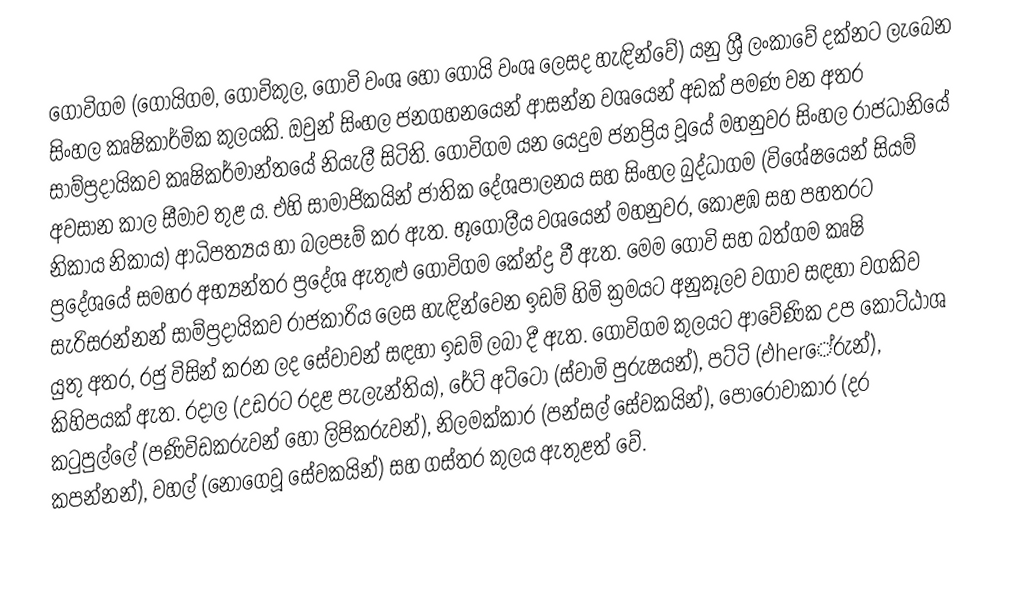
ගොවිගම (ගොයිගම, ගොවිකුල, ගොවි වංශ හෝ ගොයි වංශ ලෙසද හැඳින්වේ) යනු ශ්‍රී ලංකාවේ දක්නට ලැබෙන සිංහල කෘෂිකාර්මික කුලයකි. ඔවුන් සිංහල ජනගහනයෙන් ආසන්න වශයෙන් අඩක් පමණ වන අතර සාම්ප්‍රදායිකව කෘෂිකර්මාන්තයේ නියැලී සිටිති.  ගොවිගම යන යෙදුම ජනප්‍රිය වූයේ මහනුවර සිංහල රාජධානියේ අවසාන කාල සීමාව තුළ ය. එහි සාමාජිකයින් ජාතික දේශපාලනය සහ සිංහල බුද්ධාගම (විශේෂයෙන් සියම් නිකාය නිකාය) ආධිපත්‍යය හා බලපෑම් කර ඇත.  භූගෝලීය වශයෙන් මහනුවර, කොළඹ සහ පහතරට ප්‍රදේශයේ සමහර අභ්‍යන්තර ප්‍රදේශ ඇතුළු ගොවිගම කේන්ද්‍ර වී ඇත. මෙම ගොවි සහ බත්ගම කෘෂි සැරිසරන්නන් සාම්ප්‍රදායිකව රාජකාරිය ලෙස හැඳින්වෙන ඉඩම් හිමි ක්‍රමයට අනුකූලව වගාව සඳහා වගකිව යුතු අතර, රජු විසින් කරන ලද සේවාවන් සඳහා ඉඩම් ලබා දී ඇත. ගොවිගම කුලයට ආවේණික උප කොට්ඨාශ කිහිපයක් ඇත. රදාල (උඩරට රදළ පැලැන්තිය), රේට් අට්ටෝ (ස්වාමි පුරුෂයන්), පට්ටි (එherේරුන්), කටුපුල්ලේ (පණිවිඩකරුවන් හෝ ලිපිකරුවන්), නිලමක්කාර (පන්සල් සේවකයින්), පොරොවාකාර (දර කපන්නන්), වහල් (නොගෙවූ සේවකයින්) සහ ගස්තර කුලය ඇතුළත් වේ.